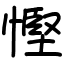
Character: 慳